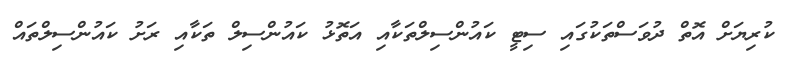
ކުރިޔަށް އޮތް ދުވަސްތަކުގައި ސިޓީ ކައުންސިލްތަކާއި އަތޮޅު ކައުންސިލް ތަކާއި ރަށު ކައުންސިލްތައް